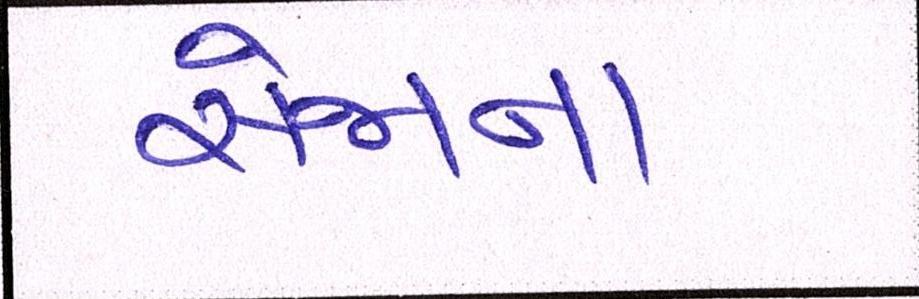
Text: સેજાના